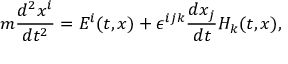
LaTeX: m \frac { d ^ { 2 } x ^ { i } } { d t ^ { 2 } } = E ^ { i } ( t , x ) + \epsilon ^ { i j k } \frac { d x _ { j } } { d t } H _ { k } ( t , x ) ,